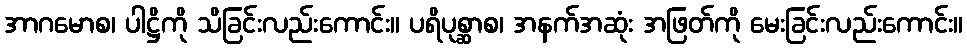
အာဂမောစ၊ ပါဋ္ဌိကို သိခြင်းလည်းကောင်း။ ပရိပုစ္ဆာစ၊ အနက်အဆုံး အဖြတ်ကို မေးခြင်းလည်းကောင်း။